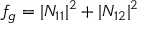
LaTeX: f _ { g } = \vert N _ { 1 1 } \vert ^ { 2 } + \vert N _ { 1 2 } \vert ^ { 2 }